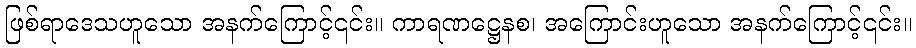
ဖြစ်ရာဒေသဟူသော အနက်ကြောင့်၎င်း။ ကာရဏဋ္ဌေနစ၊ အကြောင်းဟူသော အနက်ကြောင့်၎င်း။